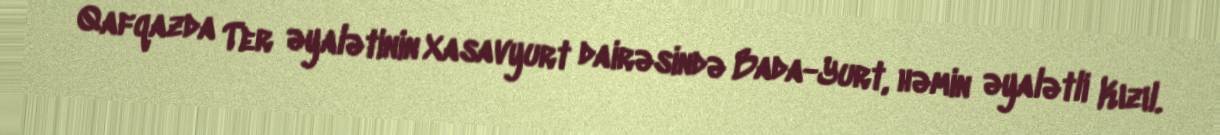
Qafqazda Ter əyalətinin Xasavyurt dairəsində Bada-Yurt, həmin əyalətli Kızıl.